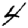
Digit: 4